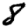
Digit: 8